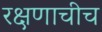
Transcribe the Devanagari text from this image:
रक्षणाचीच